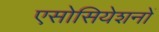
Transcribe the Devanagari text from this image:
एसोसियेशनों